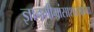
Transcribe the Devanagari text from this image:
ज्ञानमीमांसाशास्त्राच्या